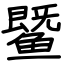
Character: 𬶨